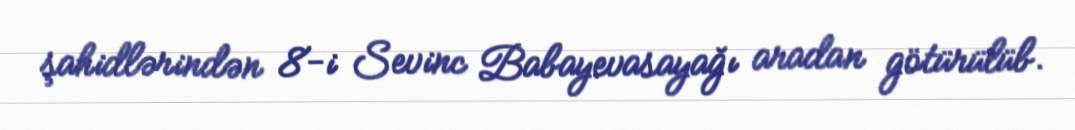
şahidlərindən 8-i Sevinc Babayevasayağı aradan götürülüb.